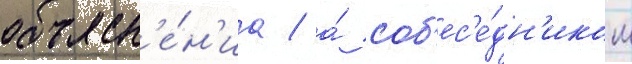
объясн'е́н'иа / а́ соб'ес'е́дн'иком